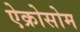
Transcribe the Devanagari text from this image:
ऐक्रोसोम